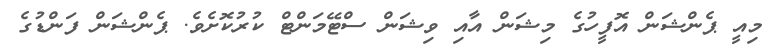
މިއީ ޕެންޝަން އޮފީހުގެ މިޝަން އާއި ވިޝަން ސްޓޭމަންޓް ކުރުކޮށެވެ. ޕެންޝަން ފަންޑުގެ